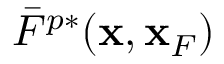
\bar { F } ^ { p * } ( { \bf x } , { \bf x } _ { F } )